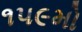
૧૫૯મો